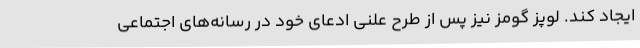
ایجاد کند. لوپز گومز نیز پس از طرح علنی ادعای خود در رسانه‌های اجتماعی